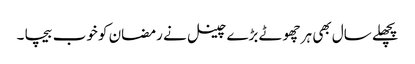
پچھلے سال بھی ہر چھوٹے بڑے چینل نے رمضان کو خوب بیچا ۔